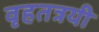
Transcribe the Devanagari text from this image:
वृहतत्रयी